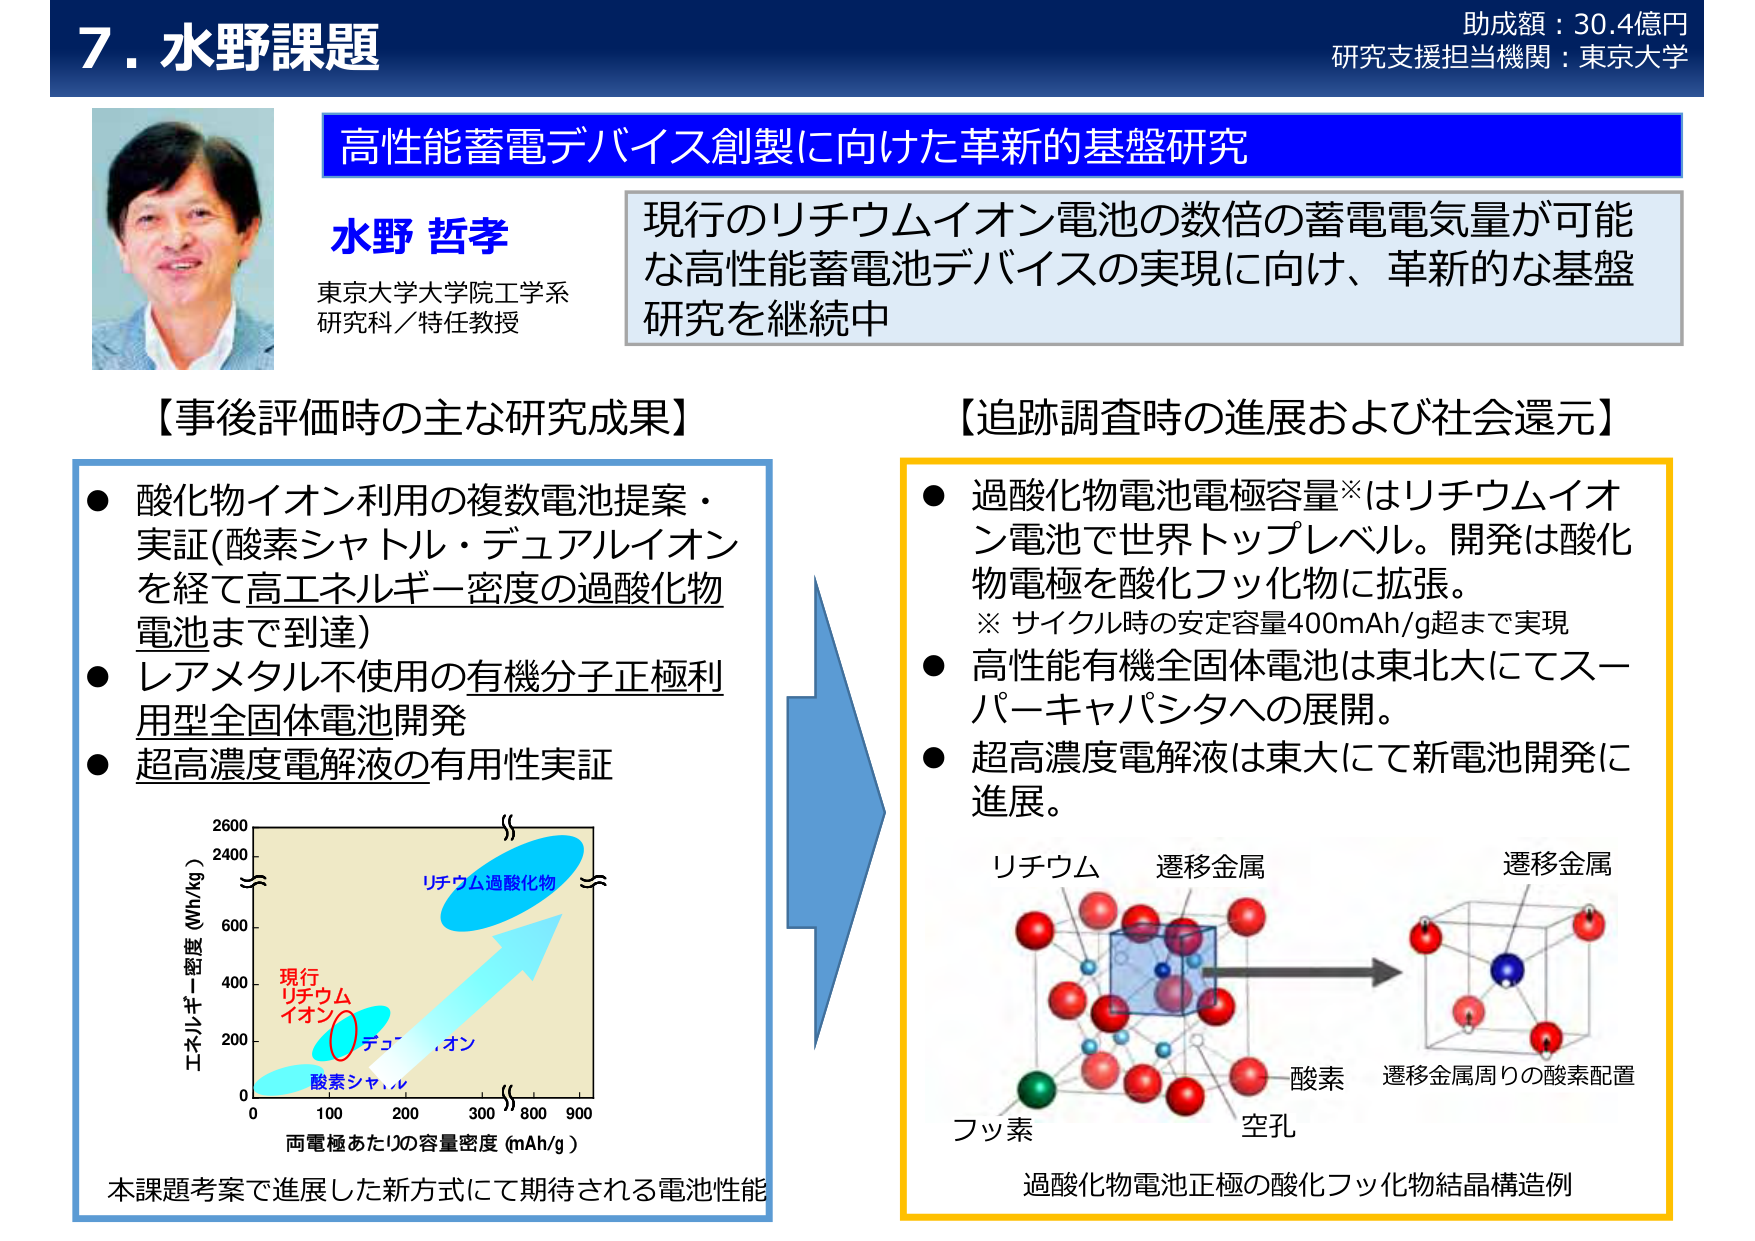
7. 水野課題
助成額：30.4億円
研究支援担当機関：東京大学

高性能蓄電デバイス創製に向けた革新的基盤研究

水野 哲孝
東京大学大学院工学系
研究科／特任教授

現行のリチウムイオン電池の数倍の蓄電電気量が可能
な高性能蓄電池デバイスの実現に向け、革新的な基盤
研究を継続中

【事後評価時の主な研究成果】
● 酸化物イオン利用の複数電池提案・実証（酸素シャトル・デュアルイオンを経て高エネルギー密度の過酸化物電池まで到達）
● レアメタル不使用の有機分子正極利用型全固体電池開発
● 超高濃度電解液の有用性実証

【追跡調査時の進展および社会還元】
● 過酸化物電池電極容量※はリチウムイオン電池で世界トップレベル。開発は酸化物電極を酸化フッ化物に拡張。
　※ サイクル時の安定容量400mAh/g超まで実現
● 高性能有機全固体電池は東北大にてスーパーキャパシタへの展開。
● 超高濃度電解液は東大にて新電池開発に進展。

エネルギー密度（Wh/kg）
0 200 400 600 2400 2600
0 100 200 300 800 900
両電極あたりの容量密度（mAh/g）
現行リチウムイオン
酸素シャトル
デュアルイオン
リチウム過酸化物

本課題考案で進展した新方式にて期待される電池性能

リチウム
遷移金属
フッ素
空孔
酸素
遷移金属
遷移金属周りの酸素配置

過酸化物電池正極の酸化フッ化物結晶構造例